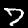
Digit: 7